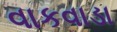
વાકવાડા